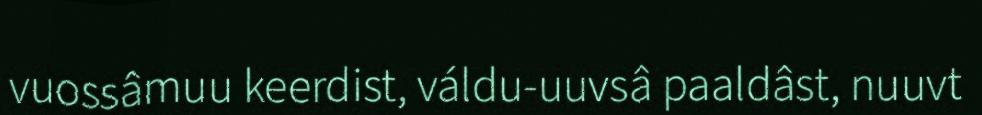
vuossâmuu keerdist, váldu-uuvsâ paaldâst, nuuvt